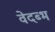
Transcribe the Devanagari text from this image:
वेदब्भ